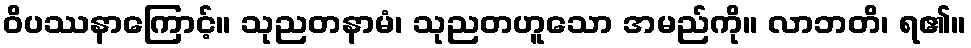
ဝိပဿနာကြောင့်။ သုညတနာမံ၊ သုညတဟူသော အမည်ကို။ လာဘတိ၊ ရ၏။